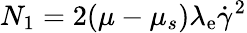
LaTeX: N_{1}=2(\mu-\mu_{s})\lambda_{\mathrm{e}}\dot{{\gamma}}^{2}